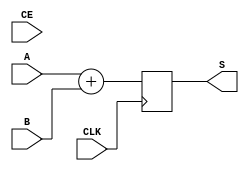
module i_add_q #(
    parameter INPUT_WIDTH = 37
)(
    input wire signed  [INPUT_WIDTH-1:0]   A,
    input wire signed  [INPUT_WIDTH-1:0]   B,
    input wire                             CLK,
    input wire                             CE,//
    output wire signed [INPUT_WIDTH:0]     S
);

    reg signed [INPUT_WIDTH:0] s_sum = 'd0;

    always @(posedge CLK ) begin
        s_sum = A + B;
    end
    
    assign S = s_sum;

endmodule